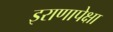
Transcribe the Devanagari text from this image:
इराणापेक्षा